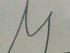
Signature authenticity: genuine